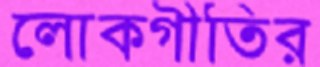
লোকগীতির